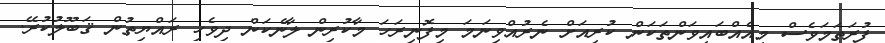
ފުރަތަމަވެސް މިއެއްބައިވަންތަކަން ކުރިއަށް ނެރުއްވިނަމަ މިފޮނިރަހަ މާކުރިން ލާނެކަން ދިވެހި ރައްޔިތުން ޤަބޫލުކުރޭ.